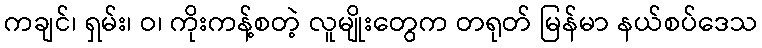
ကချင်၊ ရှမ်း၊ ဝ၊ ကိုးကန့်စတဲ့ လူမျိုးတွေက တရုတ် မြန်မာ နယ်စပ်ဒေသ